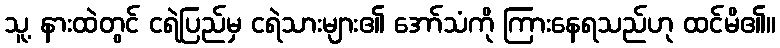
သူ့ နားထဲတွင် ငရဲပြည်မှ ငရဲသားများ၏ အော်သံကို ကြားနေရသည်ဟု ထင်မိ၏။